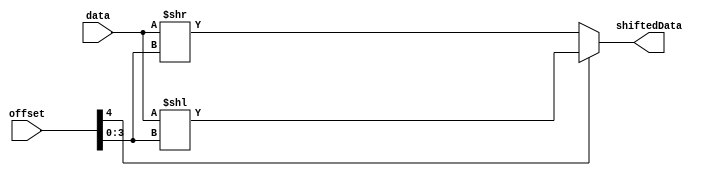
module dataShifter(data, offset, shiftedData);

input [15:0] data;
input [4:0] offset;
output reg [15:0] shiftedData;

// Considerando shift para a esquerda negativo e para a direita positivo
always @(*)
begin
	if (offset[4])
	begin
		shiftedData = data << offset[3:0];
	end
	else
	begin
		shiftedData = data >> offset[3:0];
	end
end

endmodule